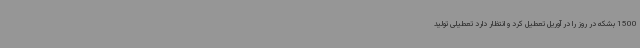
1500 بشکه در روز را در آوریل تعطیل کرد و انتظار دارد تعطیلی تولید